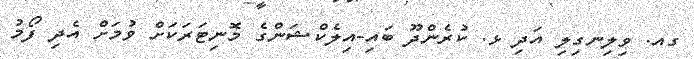
ގއ. ވިލިނގިލި އަދި ޅ. ކުރެންދޫ ބައި-އިލެކްޝަންގެ މޮނިޓަރަކަށް ވުމަށް އެދި ފޯމު